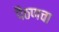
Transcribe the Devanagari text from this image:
पैठणचा